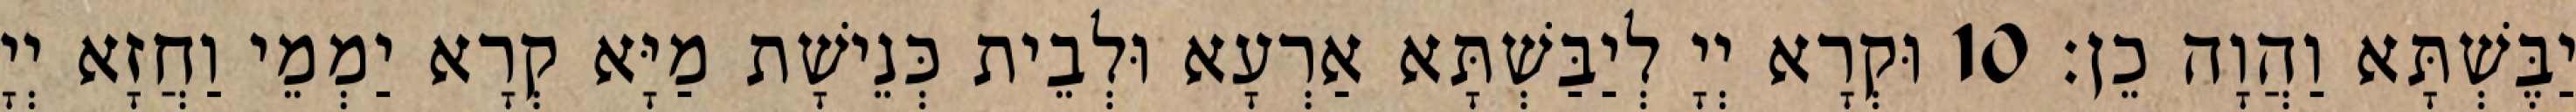
יַבֶּשְׁתָּא וַהֲוָה כֵן׃ 10 וּקְרָא יְיָ לְיַבַּשְׁתָּא אַרְעָא וּלְבֵית כְּנֵישָׁת מַיָּא קְרָא יַמְמֵי וַחֲזָא יְיָ